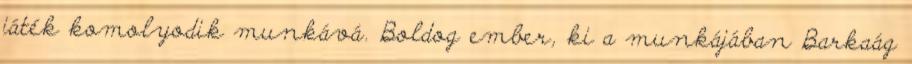
játék komolyodik munkává. Boldog ember, ki a munkájában Barkaág